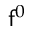
\mathsf { f } ^ { 0 }